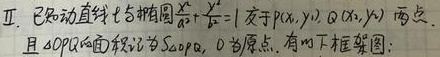
II. 已知动直线\(l\)与椭圆\(\frac{x^{2}}{a^{2}}+\frac{y^{2}}{b^{2}} = 1\)交于\(P(x_{1},y_{1}),Q(x_{2},y_{2})\)两点，
且\(\triangle OPQ\)的面积记为\(S_{\triangle OPQ}\)，\(O\)为原点，有如下框架图：